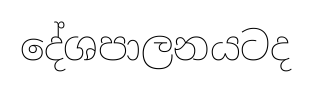
දේශපාලනයටද